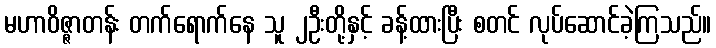
မဟာဝိဇ္ဇာတန်း တက်ရောက်နေ သူ ၂ဦးတို့နှင့် ခန့်ထားပြီး စတင် လုပ်ဆောင်ခဲ့ကြသည်။